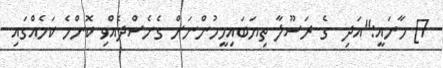
7] މާނައީ:"އަދި  ގެ ރަސޫލާ ތިޔަބައިމީހުންނަށް ގެނެސްދެއްވި ކޮންމެ ކަމެއްގައި